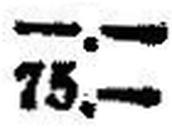
75.—